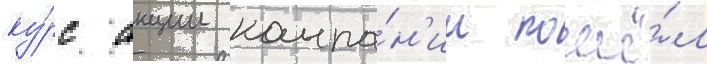
ку́рс акции компа́н'ии пошё́л